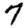
Digit: 7